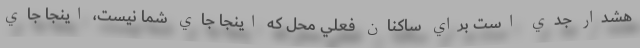
هشدار جدي است براي ساكنان فعلي محل كه اينجا جاي شما نيست، اينجا جاي